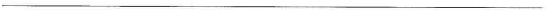
___